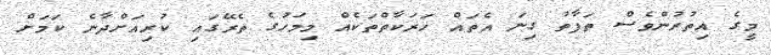
މީގެ އިތުރުންވެސް ތަފާތު ގިނަ އެތައް ހަރަކާތްތަކެއް މިމަހުގެ ތެރޭގައި ކުރިއަށްދާނެ ކަމަށް